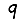
Digit: 9